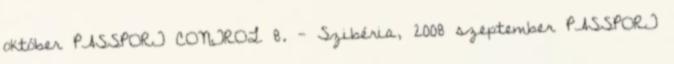
október PASSPORT CONTROL 8. - Szibéria, 2008 szeptember PASSPORT